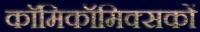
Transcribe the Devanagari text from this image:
काॅमिकॉमिक्सकों